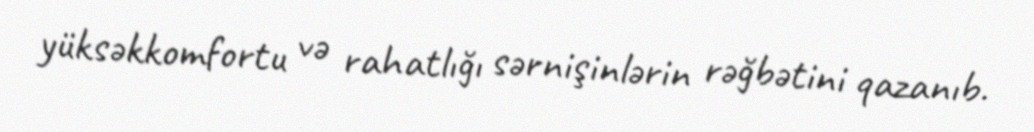
yüksəkkomfortu və rahatlığı sərnişinlərin rəğbətini qazanıb.